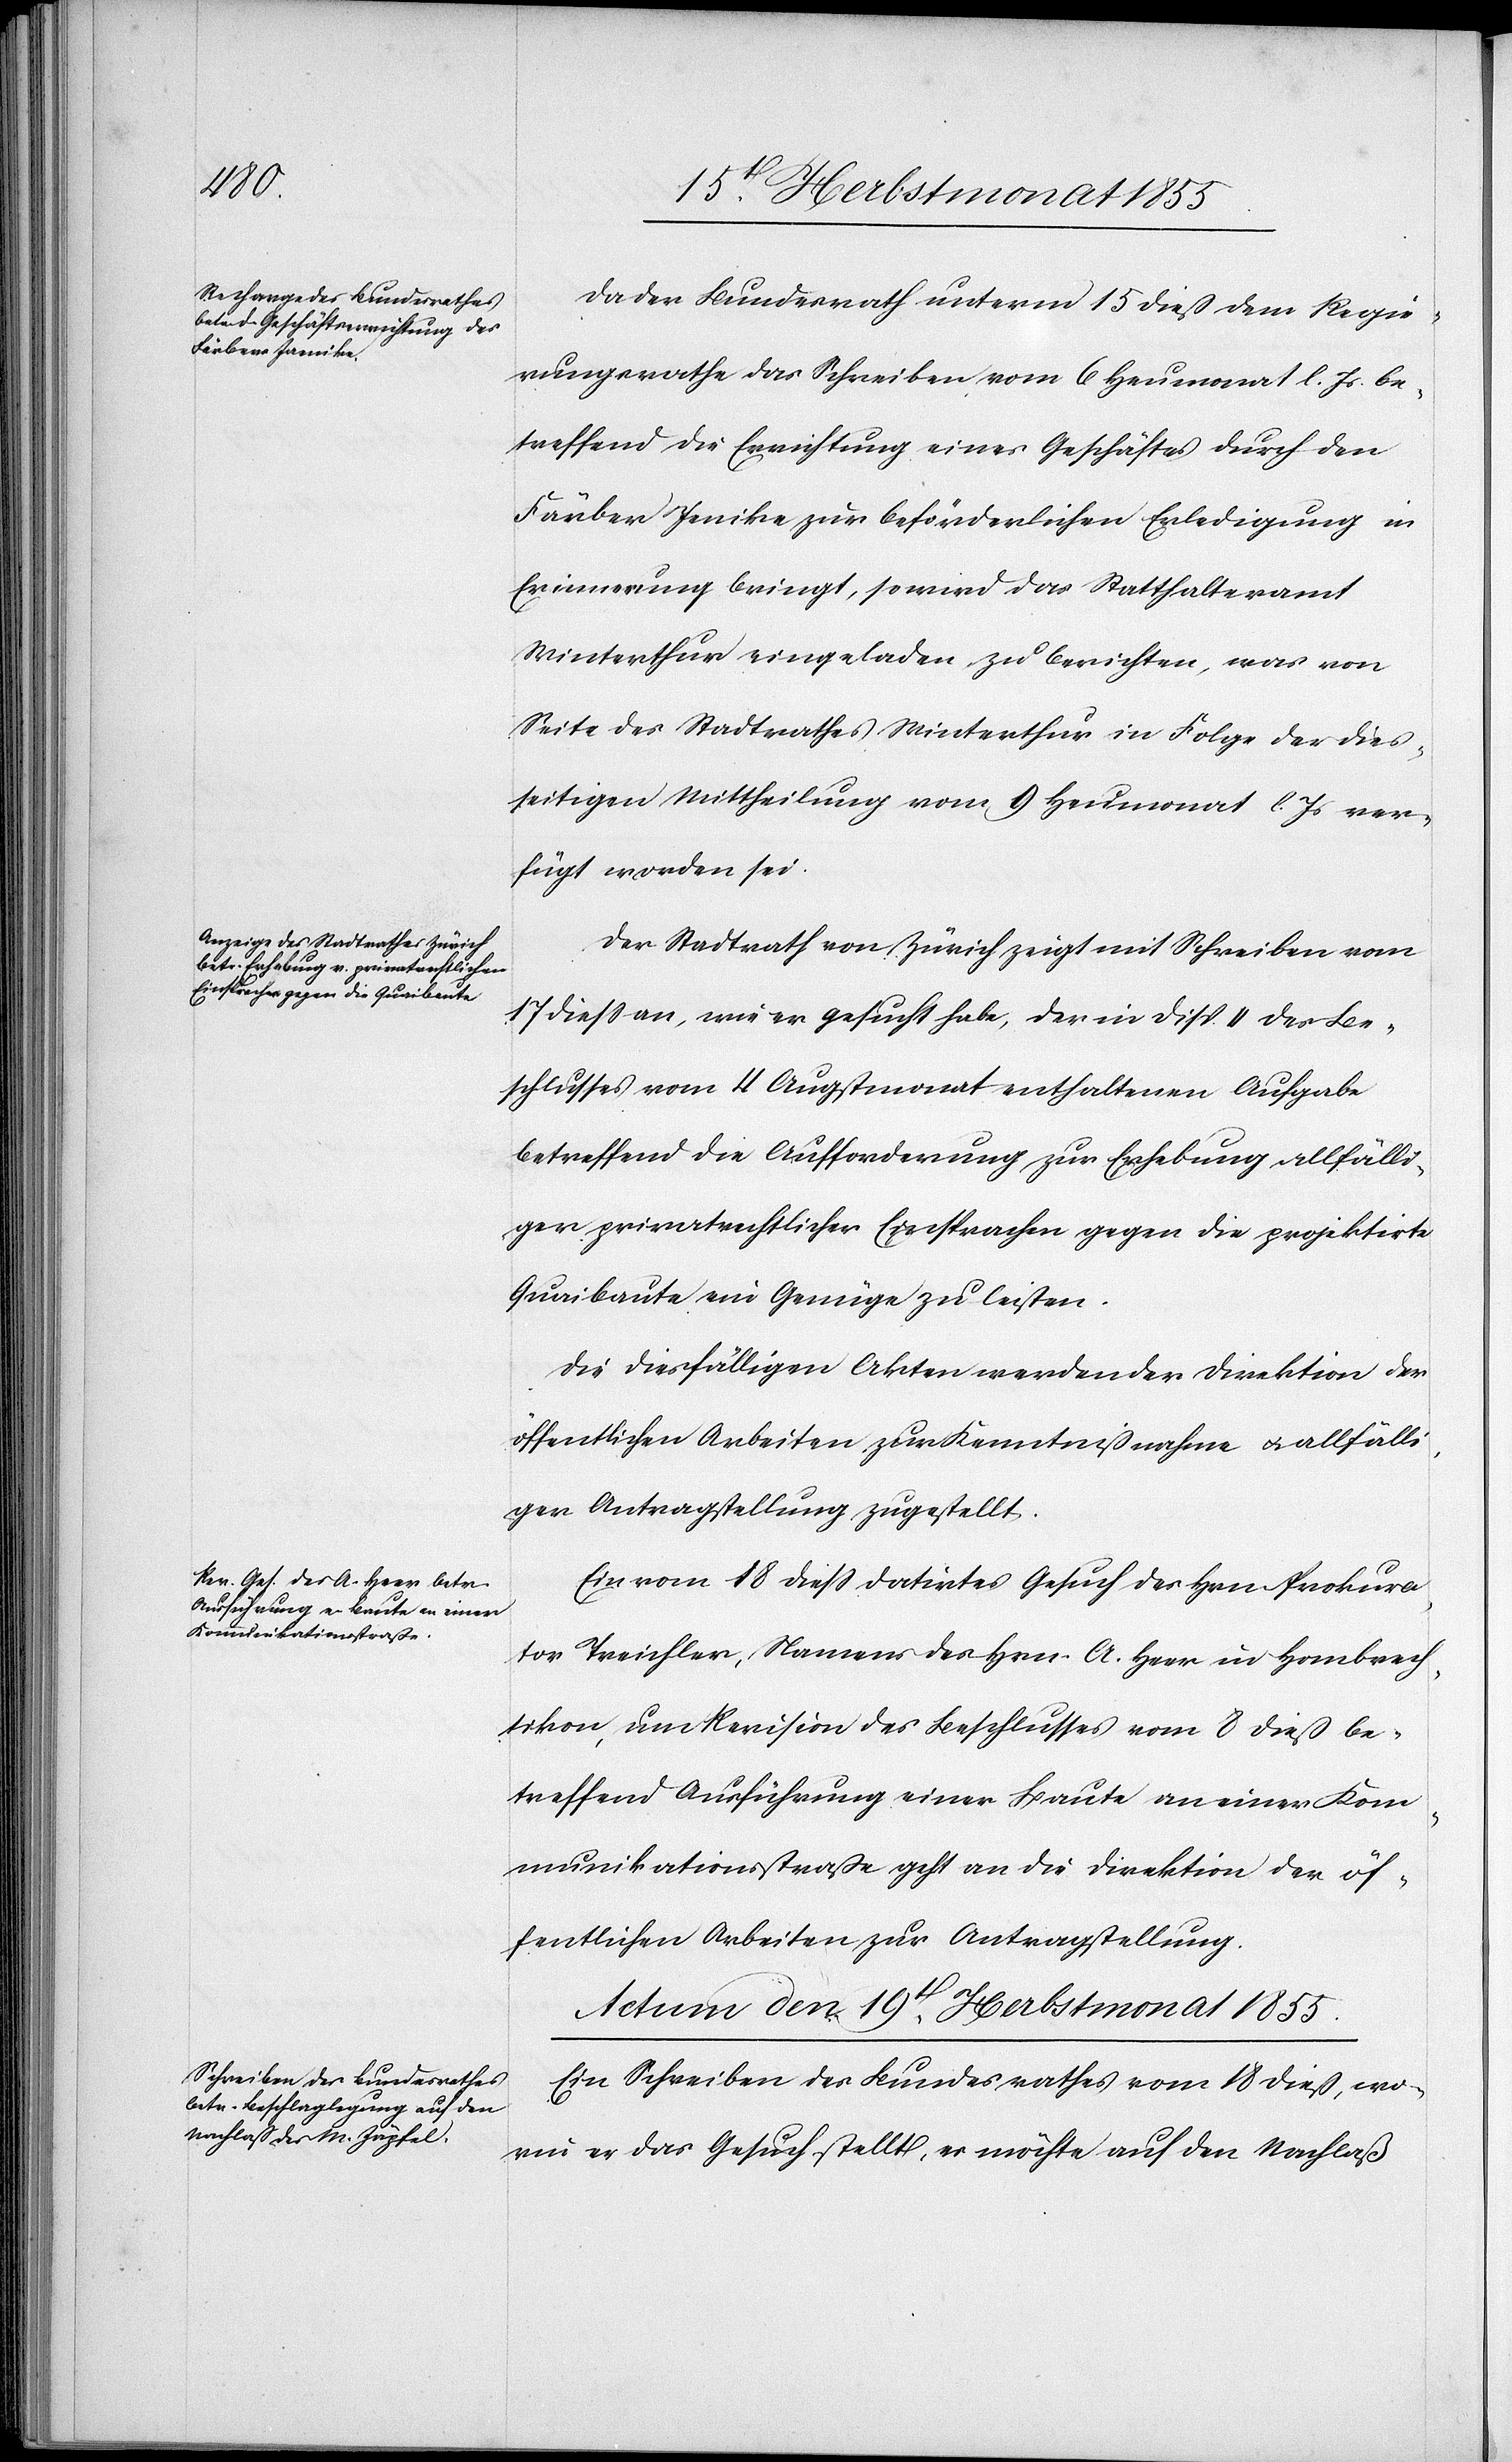
Färber Jenike

Da der Bundesrath unterm 15 dieß dem Regie¬
rungsrathe das Schreiben vom 6 Heumonat l. Js. be¬
treffend die Errichtung eines Geschäftes durch den
Erinnerung bringt, so wird das Statthalteramt
Winterthur eingeladen zu berichten, was von
Seite des Stadtrathes Winterthur in Folge der dies¬
seitigen Mittheilung vom 9 Heumonat l. Js ver¬
fügt worden sei.
Der Stadtrath von Zürich zeigt mit Schreiben vom
17 diess an, wie er gesucht habe, der in Disp. II des Be¬
schlusses vom 4 Augstmonat enthaltenen Aufgabe
betreffend die Aufforderung zur Erhebung allfälli¬
ger privatrechtlicher Einsprachen gegen die projektirte
Quaibaute ein Genüge zu leisten.
Die diesfälligen Akten werden der Direktion der
öffentlichen Arbeiten zur Kenntnißnahme & allfälli¬
ger Antragstellung zugestellt.
Ein vom 18 diess datirtes Gesuch des Hrn. Prokura¬
tor Treichler, Namens des Hrn. A. Heer in Hombrech¬
tikon, um Revision des Bechlusses vom 8 dieß be¬
treffend Ausführung einer Baute an einer Kom¬
munikationsstraße geht an die Direktion der öf¬
fentlichen Arbeiten zur Antragstellung.
Actum den 19t. Herbstmonat 1855.
Ein Schreiben des Bundesrathes vom 18 dieß, wo¬
rin er das Gesuch stellt, es möchte auf den Nachlaß